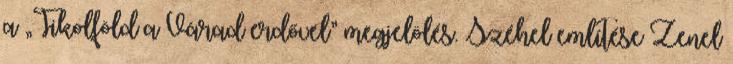
a „Tikolföld a Várad erdővel” megjelölés. Széhel említése Zenel